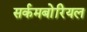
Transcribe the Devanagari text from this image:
सर्कमबोरियल